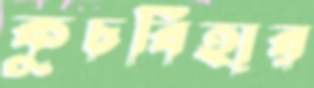
কুচবিহার